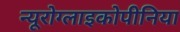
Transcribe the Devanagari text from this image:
न्यूरोग्लाइकोपीनिया